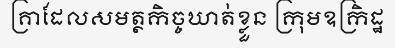
គ្រាដែលសមត្ថកិច្ចឃាត់ខ្លួន ក្រុមឧក្រិដ្ឋ